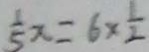
\frac { 1 } { 5 } x = 6 \times \frac { 1 } { 2 }